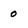
Character: 0